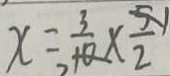
x = \frac { 3 } { 1 0 } \times \frac { 5 } { 2 }